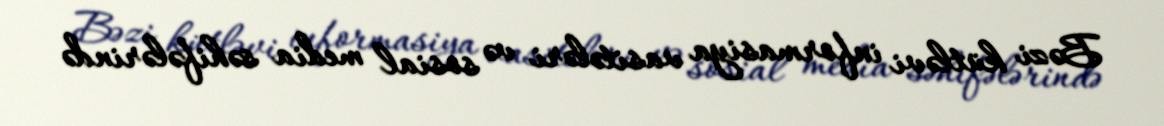
Bəzi kütləvi informasiya vasitələri və sosial media səhifələrində